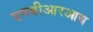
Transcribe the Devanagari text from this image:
एनबीआरआय